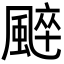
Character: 𩗶